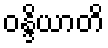
ဝန္ဒိယာတိ